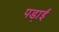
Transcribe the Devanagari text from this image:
पडा़ई